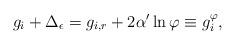
LaTeX: \begin{align*}g_i + \Delta_\epsilon = g_{i,r} +2\alpha'\ln\varphi \equiv g_{i}^\varphi,\end{align*}